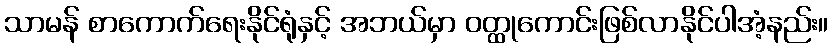
သာမန် စာကောက်ရေးနိုင်ရုံနှင့် အဘယ်မှာ ဝတ္ထုကောင်းဖြစ်လာနိုင်ပါအံ့နည်း။